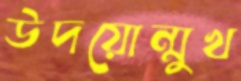
উদয়োন্মুখ